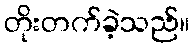
တိုးတက်ခဲ့သည်။